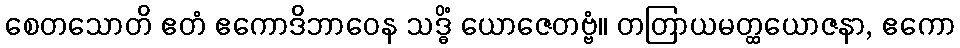
စေတသောတိ ဧတံ ဧကောဒိဘာဝေန သဒ္ဓိံ ယောဇေတဗ္ဗံ။ တတြာယမတ္ထယောဇနာ, ဧကော